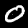
Digit: 0